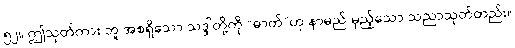
၅၂။ ဤသုတ်ကား ဘူ အစရှိသော သဒ္ဒါတို့ကို “ဓာတ်”ဟု နာမည် မှည့်သော သညာသုတ်တည်း။